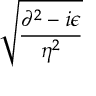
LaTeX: \sqrt { \frac { \partial ^ { 2 } - i \epsilon } { \eta ^ { 2 } } }